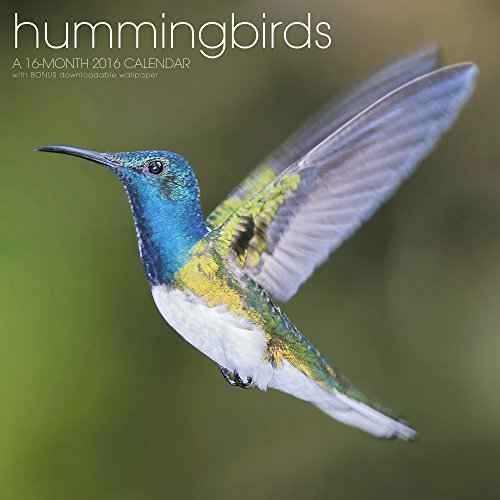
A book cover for Hummingbirds Wall Calendar (2016); Landmark; Calendars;